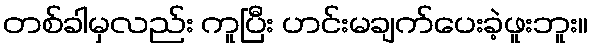
တစ်ခါမှလည်း ကူပြီး ဟင်းမချက်ပေးခဲ့ဖူးဘူး။